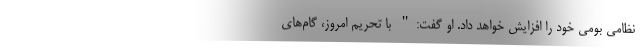
نظامی بومی خود را افزایش خواهد داد. او گفت:" با تحریم امروز، گام‌های